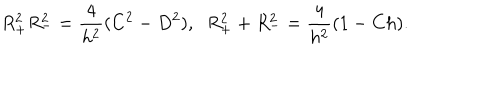
R _ { + } ^ { 2 } R _ { - } ^ { 2 } = \frac { 4 } { h ^ { 2 } } ( C ^ { 2 } - D ^ { 2 } ) , \; \; R _ { + } ^ { 2 } + R _ { - } ^ { 2 } = \frac { 4 } { h ^ { 2 } } ( 1 - C h ) .